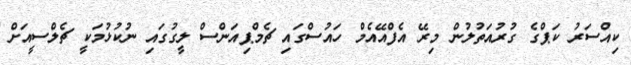
ކިއްސަރު ކަޕްގެ ގުރުއަތުލުން މިރޭ އެފްއޭއެމް ހައުސްގައި ޗެމްޕިއަންސް ލީގުގައި ނުކުޅުމަކީ ޗެލްސީއަށް